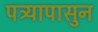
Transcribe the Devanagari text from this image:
पत्र्यापासुन